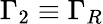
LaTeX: \Gamma_{2}\equiv\Gamma_{R}